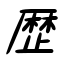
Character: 歴